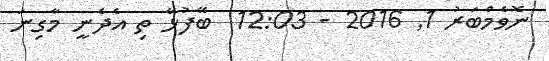
ނޮވެމްބަރު 1